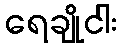
ရေချိုငါး